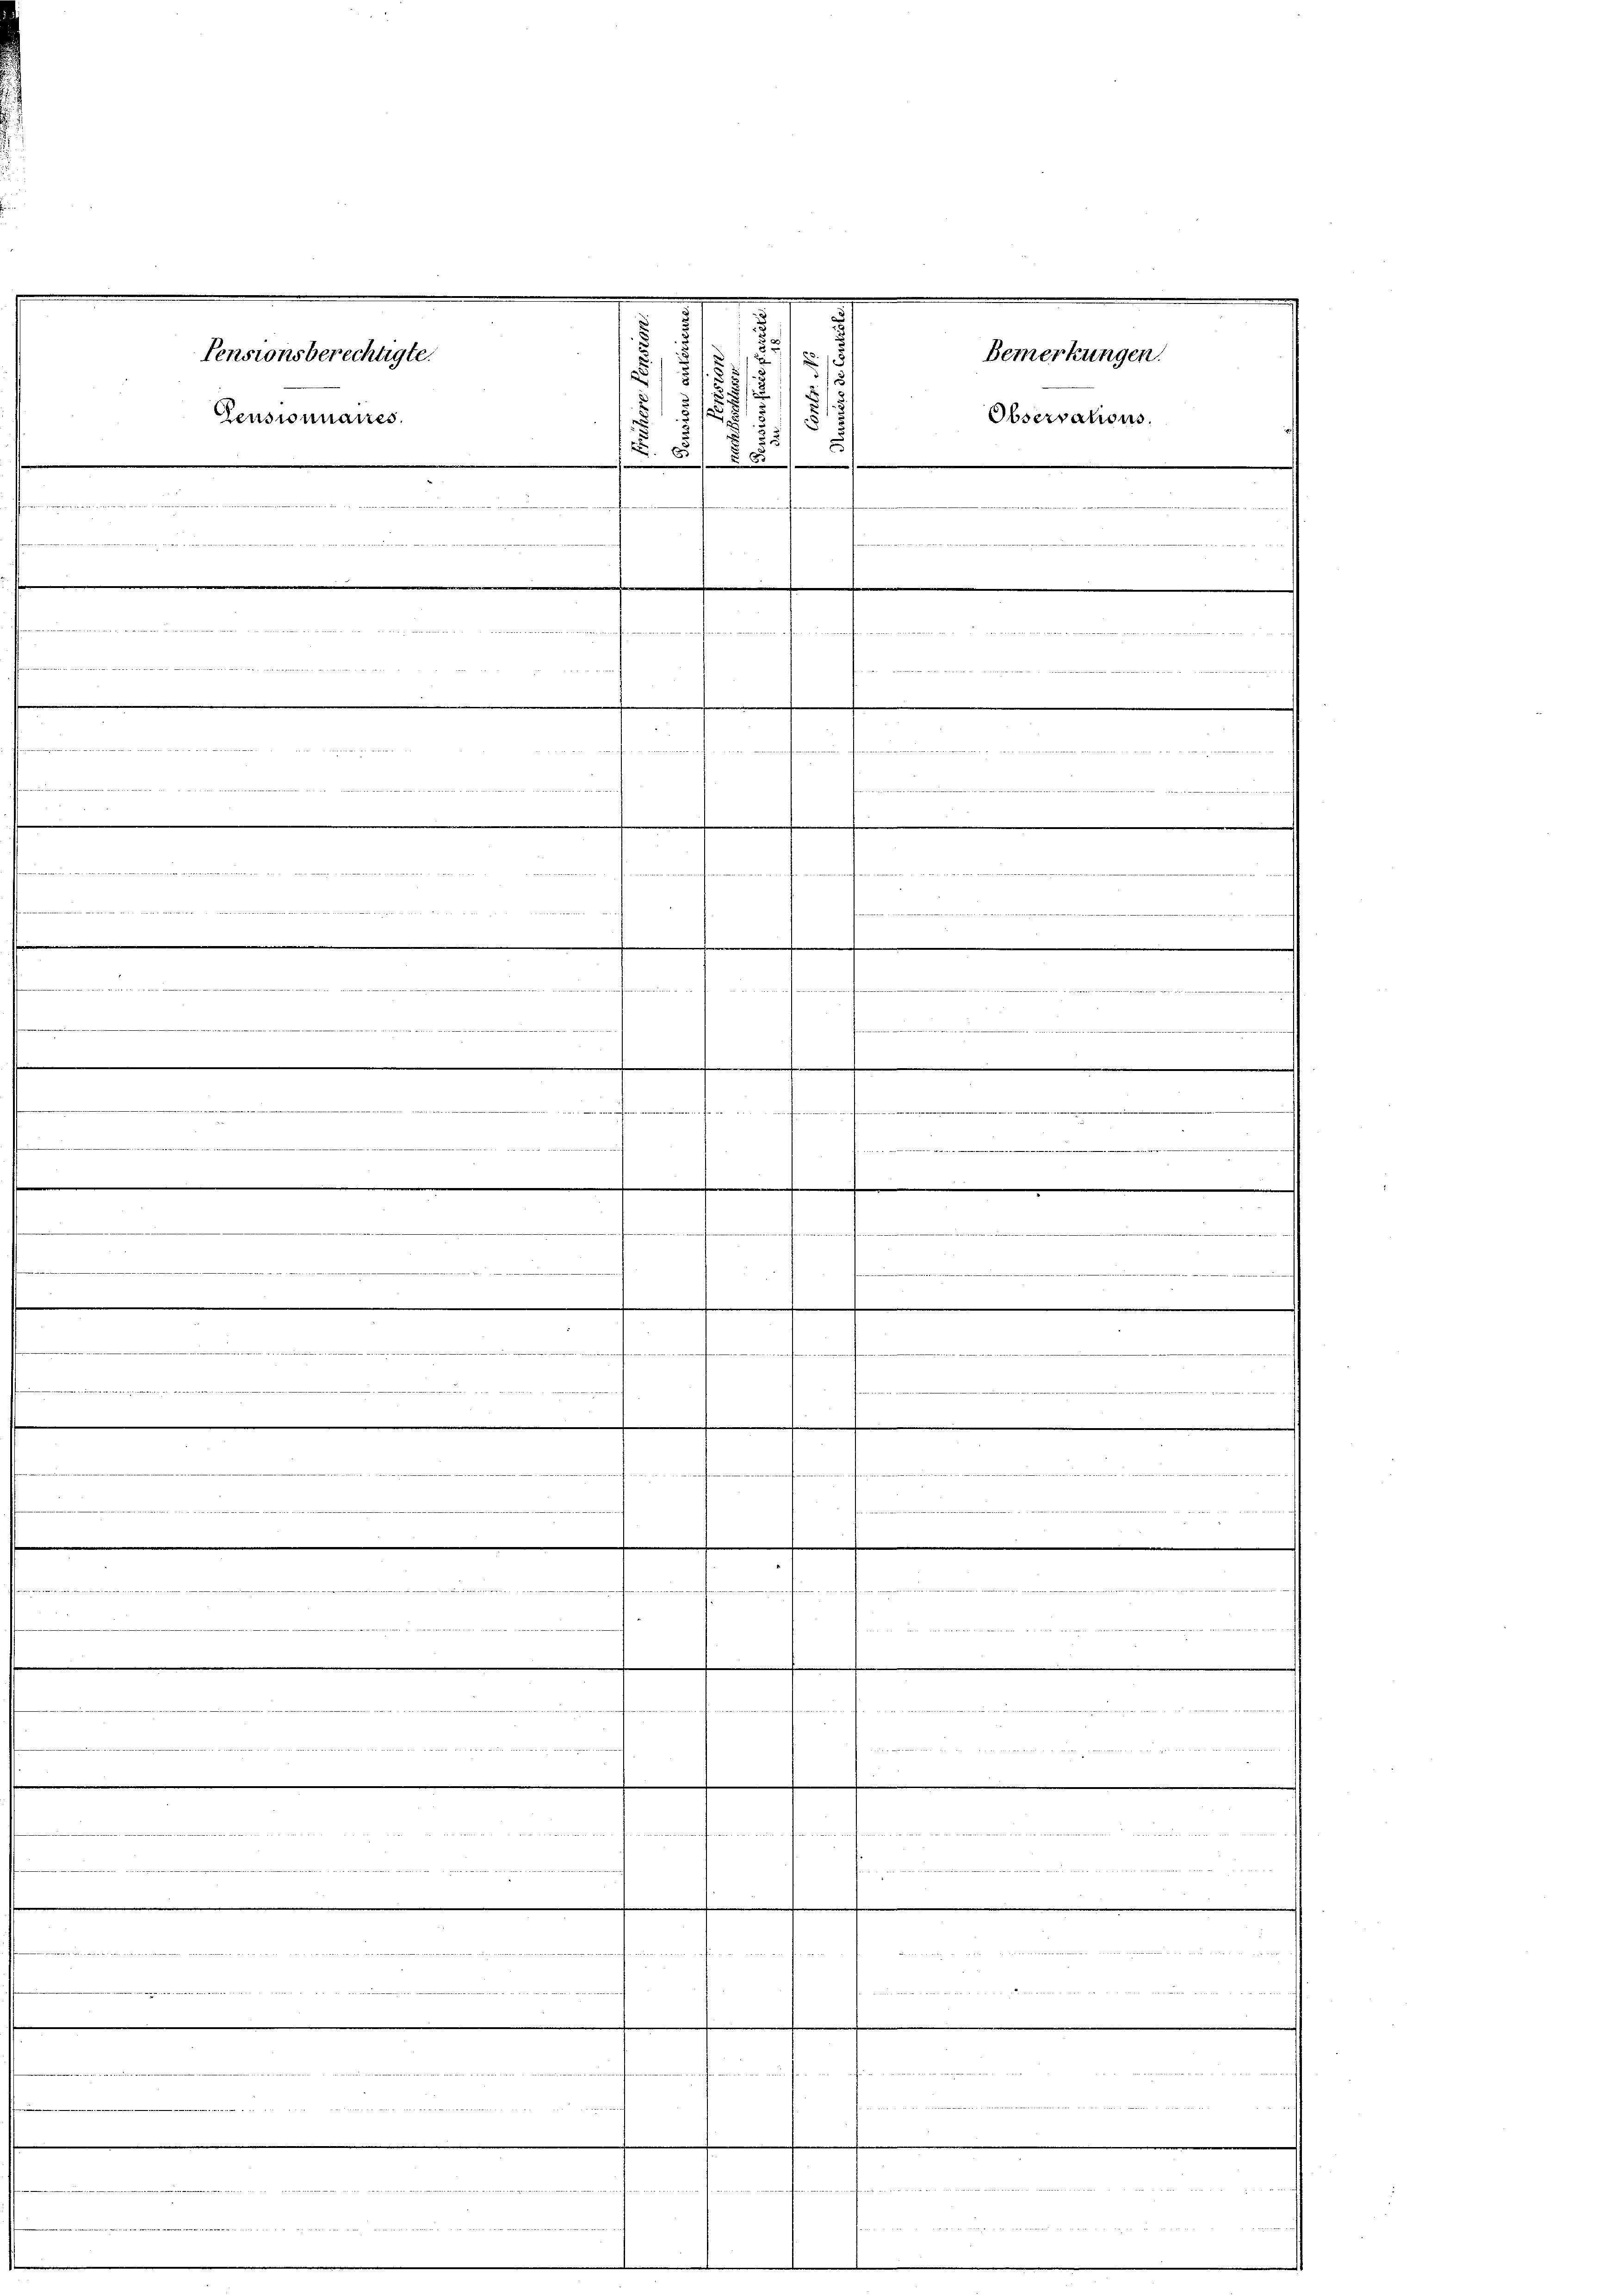
Pensionsberechtigte.
Bemerkungen.
2.
1
1
.
:
x
.
11
2
Observations
Pensionnaires.
e
 85 00
.

 Ritte
 der in werden in wegen
g

.
wenten den

e
22
Beitrag
 nement mit einen werden, den werden in den ihrer ein ruhenden un
20

.

          2
.
.
dende u werdendenden einen
efen

 et aber der bei derseitigen die es weit einer trätlichen Seiten de
eizieren und in mir die
.
h
e
.
würfene
.
.
.
e

.
m
.

.

anten

.......
Mlle bereitet werden konstatt eines bereiten wieden in die
ddende

3
.

ann in

.
Brit